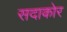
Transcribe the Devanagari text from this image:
सदाकोर